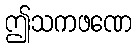
ဤသကဖဏေ